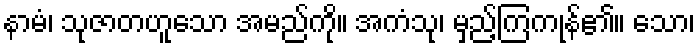
နာမံ၊ သုဇာတဟူသော အမည်ကို။ အကံသု၊ မှည့်ကြကုန်၏။ သော၊